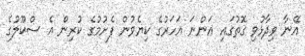
އޭނާ ވިދާޅުވި ގޮތުގައި އަންނަ އަހަރުގެ ކިޔެވުން ފެށުމުގެ ކުރިން އެ ސްކޫލުގެ